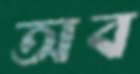
অব